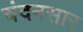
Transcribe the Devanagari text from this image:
चंदनसार